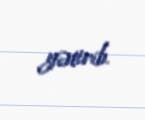
gətirib.